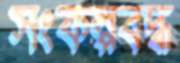
সংকল্পবদ্ধ